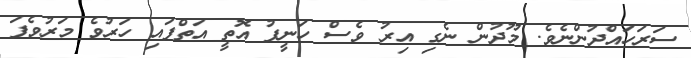
ސަރަހައްދުންނެވެ. މޫދުން ނެގި އިރު ވެސް ހަނީފު އޮތީ އަތްފައި ހަރުވެ މަރުވެފަ